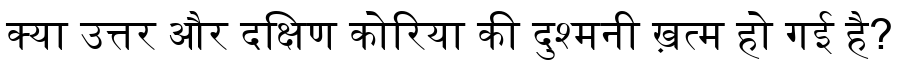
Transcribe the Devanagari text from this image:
क्या उत्तर और दक्षिण कोरिया की दुश्मनी ख़त्म हो गई है?